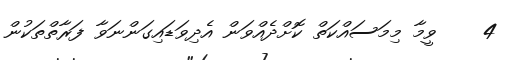
4    ވީމާ މިމަސައްކަތް ކޮށްދެއްވަން އެދިވަޑައިގަންނަވާ ފަރާތްތަކުން